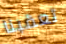
تعقبنا